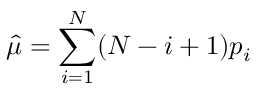
\widehat { \mu } = \sum _ { i = 1 } ^ { N } ( N - i + 1 ) p _ { i }